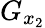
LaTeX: G_{x_{2}}